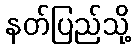
နတ်ပြည်သို့